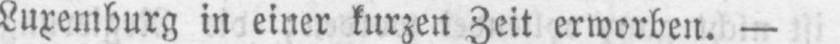
Luxemburg in einer kurzen Zeit erworben. -